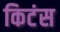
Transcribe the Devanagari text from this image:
किटंस